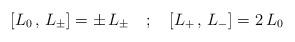
LaTeX: \begin{align*}\left[ L_0 \, , \, L_\pm \right] = \pm \, L_\pm \quad ; \quad \left[ L_+ \, , \, L_- \right] = 2 \, L_0\end{align*}